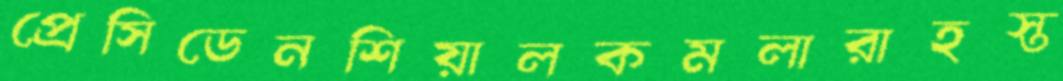
প্রেসিডেনশিয়ালকমলারাহস্ত